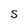
Character: S